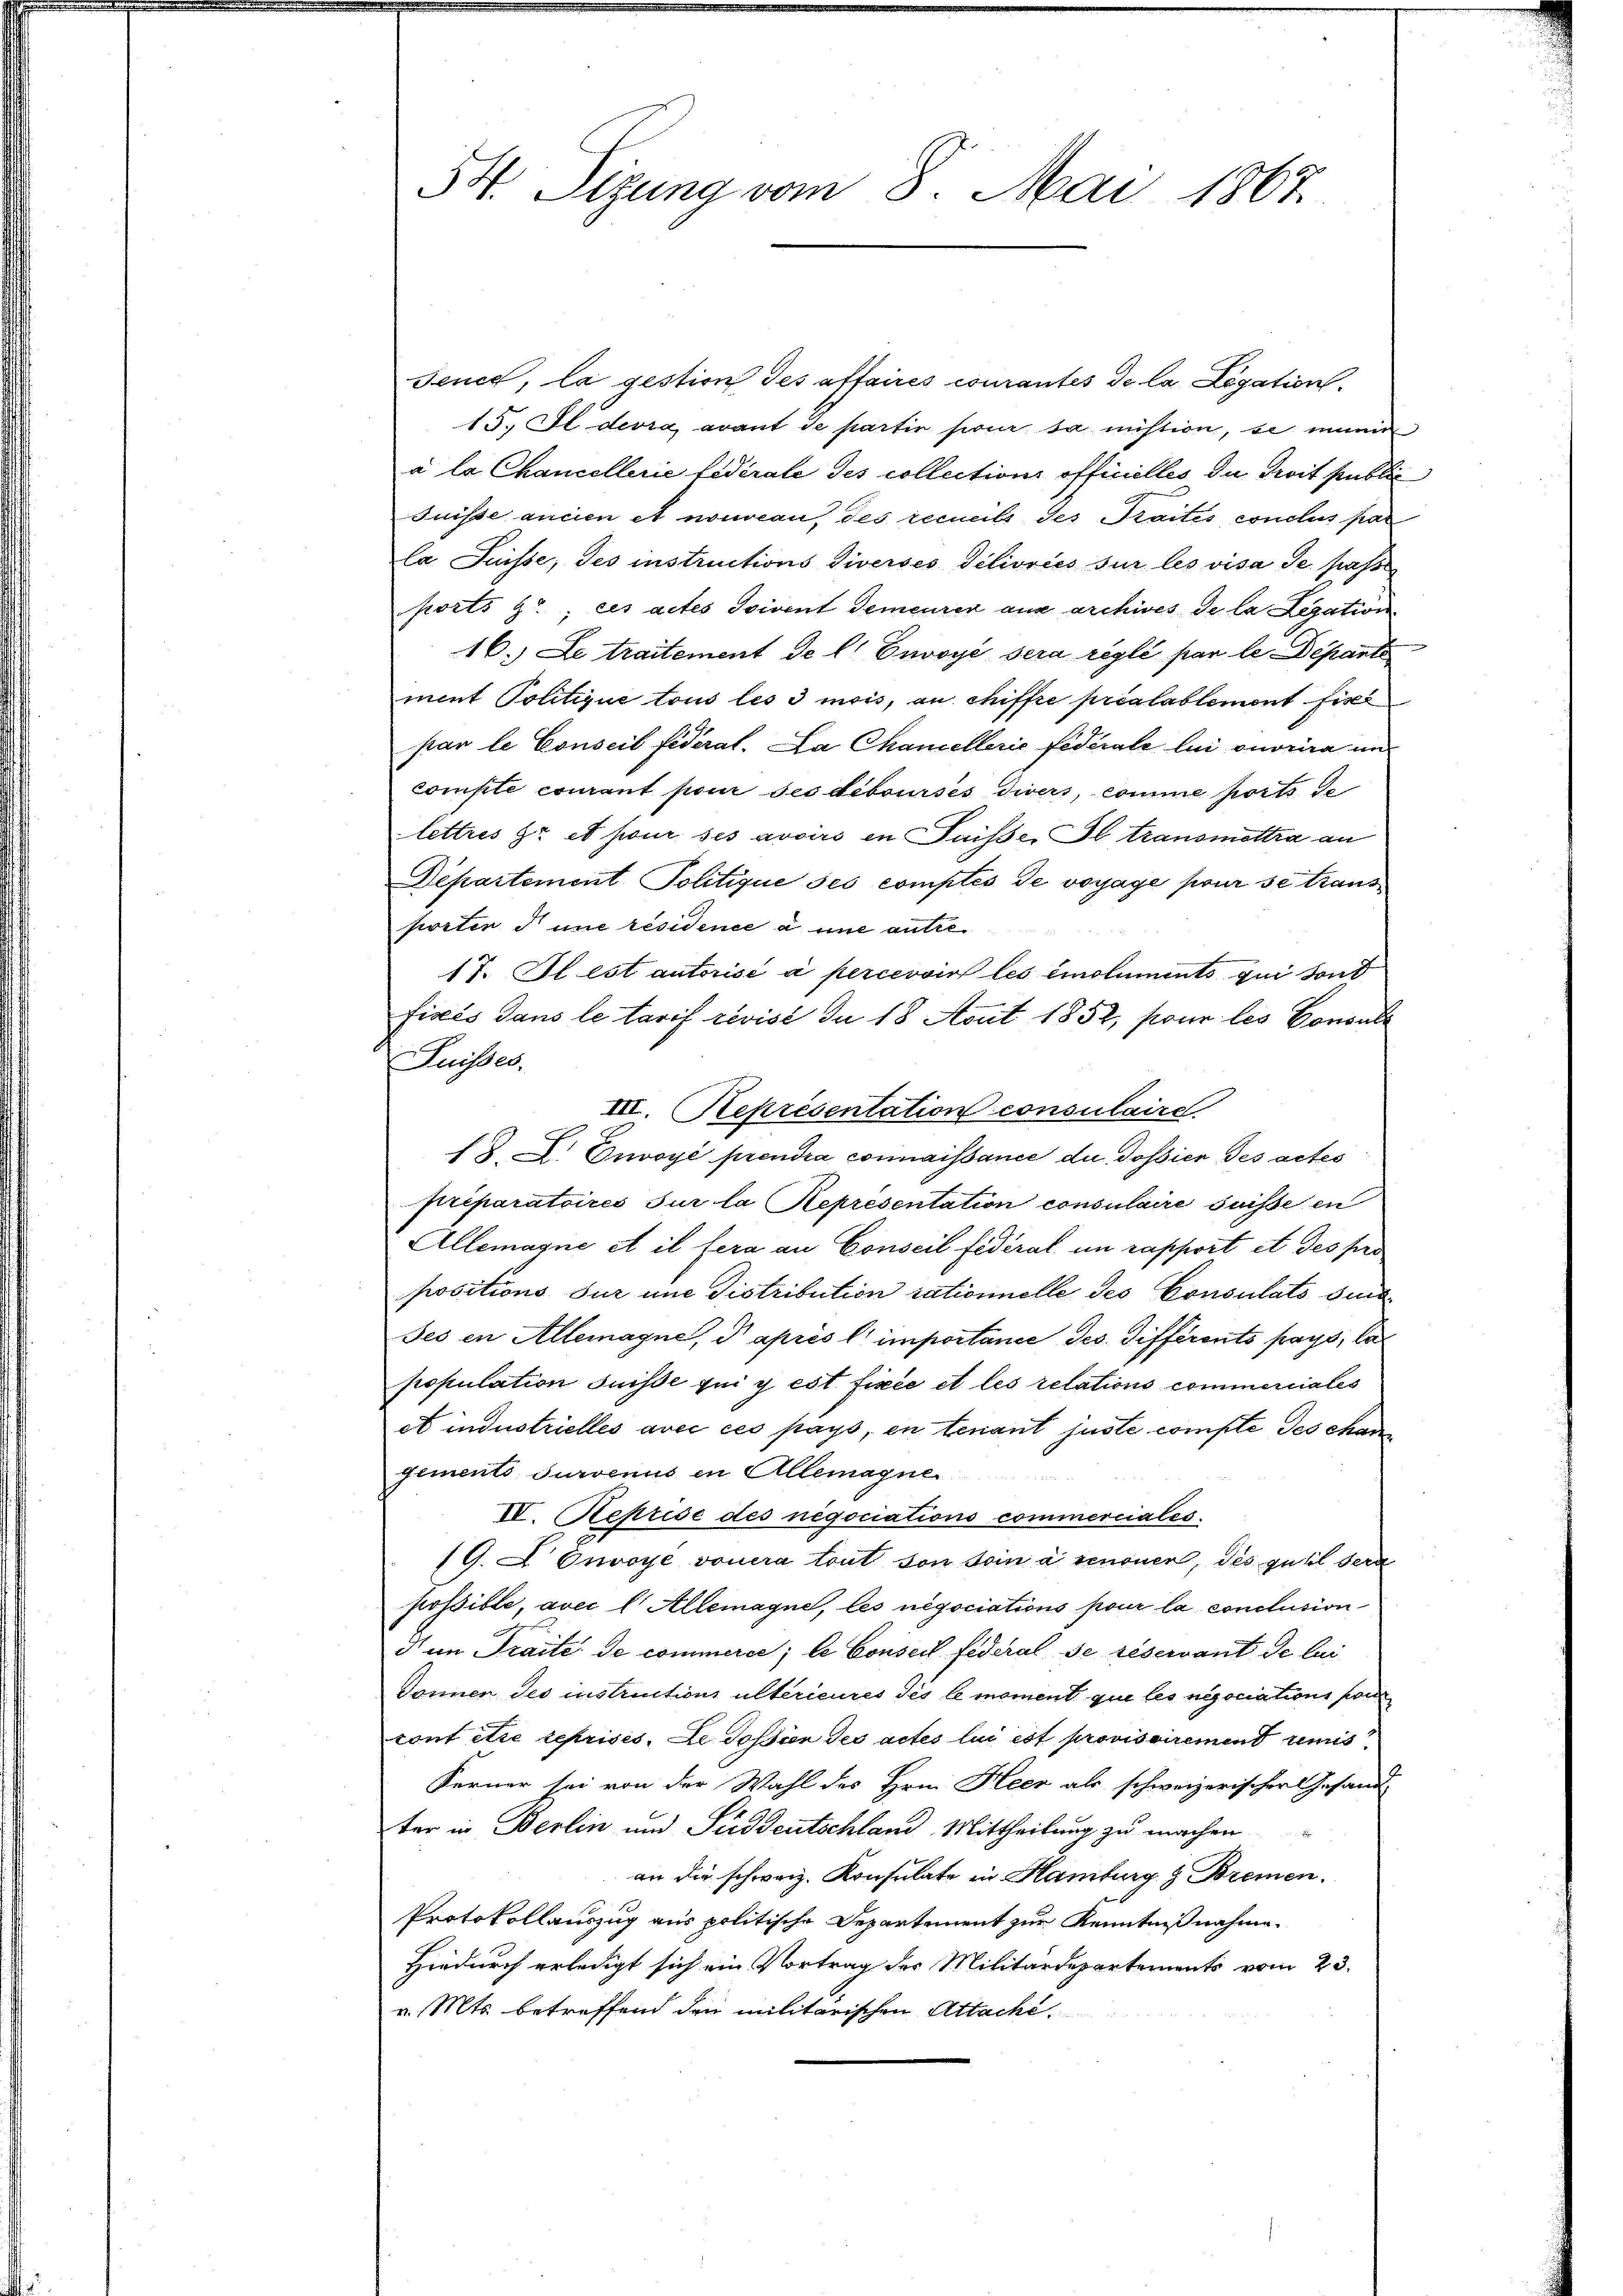
54. Sitzung vom 8. Mai 1867.

Jence, la gestion des affaires courantes de la Legation
15. Il devra, avant de partie pour sa nichtion, so einen
a la Chancellerie fidérale des collections officielles du droit public
Suisse ancien et nouveau, des recueils des Traités conclus par
la Suisse, des instructions Diverses délivréés sur les visa Se. passe
ports zu; es actes Isivent demeurer aus archives de la Legation
16. Le traitement de l. Envoyé sera réglé par le Departe
ment Politique tous les 3 mois, an chiffe préalablement Fisch
par le Conseil fédéral. La Chancellerie fédérale lui ouvrira und
compte courant pour ses debourses divers, comme ports de
lettres er et pour ses avoirs in Saisse. Il transmittra an
Departement Politique ses comptés de voyage pour se trans
poster d une résidence à une autre¬
17. Il est autorisé à percevoir les emoluments qui sond
Fisés dans le tarif revisi du 18 Aout 1852, pour les Consule
Suisses.
III. Representation consulaire
18. X. Onvoyé prendra connaissance du dossier des actes
préparatoires sur la Representation consulaire suisse en
Allemagne et il fera an Conseil fédéral im rapport et des pro
positions sur une Distribution rationnelle des Consulato sind
Jes in Allemagne, d après l’importance Jes. différents pays, la
population Suisse qui y est fixée et les relations commerciales
et industrielles avec ces pays, en tenant juste compte des changements survenus in Allemagne
.
IV. Reprise des negociations commerciales.
19. A Onvoye vouera tout von sein à renonen, des Guhl sera
possible, avec l Allemagne, les negociations pour la conclusion
I im Traite de commerce; le Conseil federal se réservant de lui
Donnen des instructions ultérieures des le moment que les negociations pour
tont être reprises. Le dossion des actes lui est provisoirement mis
Ferner sei von der Wahl des Hrn. Heer als schweizerischerlesandt
ter in Berlin und Süddeutschland, Mittheilung zu machen
an die schweiz. Konsulate in Hamburg & Bremen.
Protokollauszug aus politische Departement zur Kenntniß nahme.
Hiedurch erledigt sich ein Vortrag des Militärdepartements vom 23.
v. Mts. betreffend den militarischen Attacht.